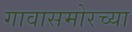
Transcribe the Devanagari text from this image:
गावासमोरच्या